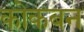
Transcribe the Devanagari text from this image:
कोकबन